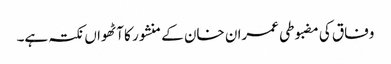
وفاق کی مضبوطی عمران خان کے منشور کا آٹھواں نکتہ ہے۔